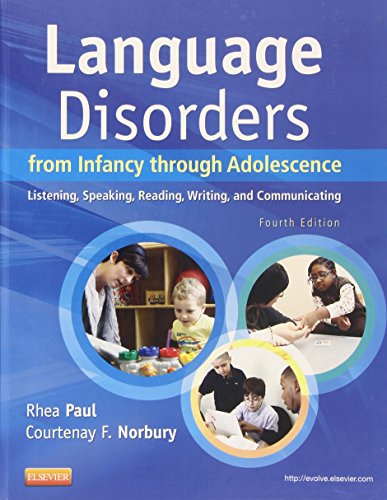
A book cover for Language Disorders from Infancy through Adolescence: Listening, Speaking, Reading, Writing, and Communicating, 4e; Rhea Paul PhD  CCC-SLP; Medical Books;